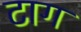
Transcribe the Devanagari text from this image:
टाग